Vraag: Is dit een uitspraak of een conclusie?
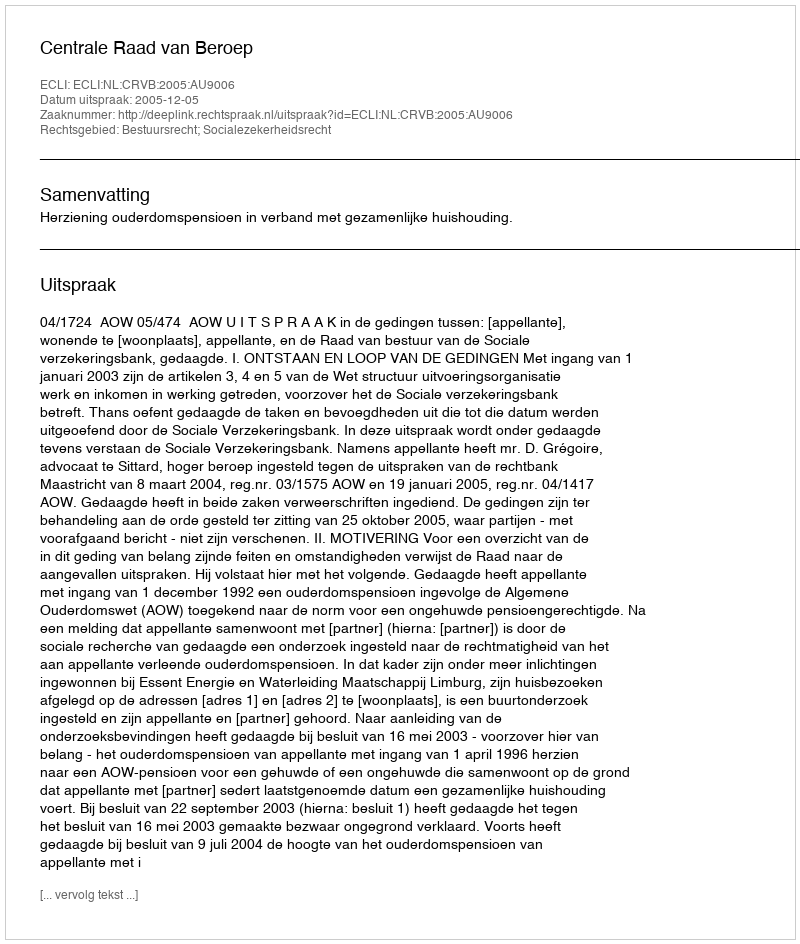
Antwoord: Uitspraak